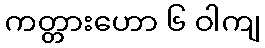
ကတ္တားဟော ၆ ဝါကျ